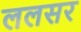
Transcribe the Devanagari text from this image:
ललसर